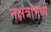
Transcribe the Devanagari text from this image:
नक्षत्रांमध्ये